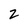
Character: 2